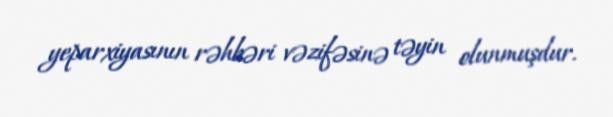
yeparxiyasının rəhbəri vəzifəsinə təyin olunmuşdur.